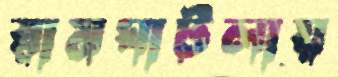
রামঘাটলায়